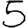
Digit: 5